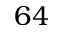
6 4